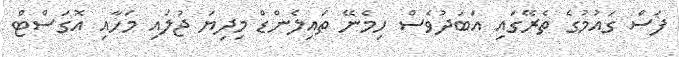
ފަސް ގައުމުގެ ތެރޭގައި އަބަދުވެސް ހިމެނޭ ތައިލެންޑް މިދިޔަ ޖުލައި މަހާއި އޮގަސްޓް